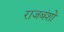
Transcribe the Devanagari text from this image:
राजबंशो